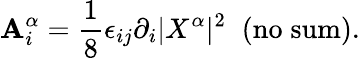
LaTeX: \mathbf{A}_{i}^{\alpha}=\frac{{1}}{{8}}\epsilon_{ij}\partial_{i}|X^{\alpha}|^{2}\; \; \mathrm{{(no\; sum)}}.